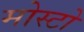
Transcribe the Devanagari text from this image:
मोस्टो